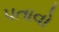
પતાવો